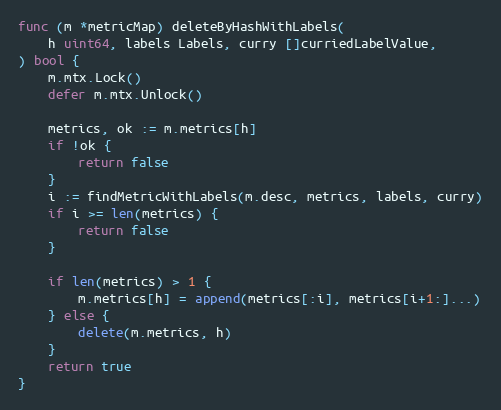
Language: Go
func (m *metricMap) deleteByHashWithLabels(
	h uint64, labels Labels, curry []curriedLabelValue,
) bool {
	m.mtx.Lock()
	defer m.mtx.Unlock()

	metrics, ok := m.metrics[h]
	if !ok {
		return false
	}
	i := findMetricWithLabels(m.desc, metrics, labels, curry)
	if i >= len(metrics) {
		return false
	}

	if len(metrics) > 1 {
		m.metrics[h] = append(metrics[:i], metrics[i+1:]...)
	} else {
		delete(m.metrics, h)
	}
	return true
}